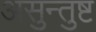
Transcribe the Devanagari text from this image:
असुन्तुष्ट